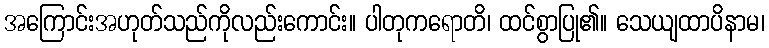
အကြောင်းအဟုတ်သည်ကိုလည်းကောင်း။ ပါတုကရောတိ၊ ထင်စွာပြု၏။ သေယျထာပိနာမ၊